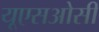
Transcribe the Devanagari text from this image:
यूएसओसी